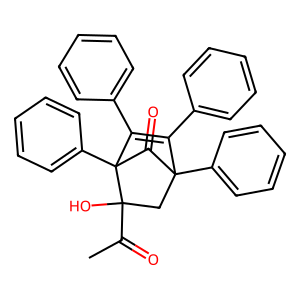
SMILES: CC(=O)C1(O)CC2(c3ccccc3)C(=O)C1(c1ccccc1)C(c1ccccc1)=C2c1ccccc1
Inhibits HIV replication: No